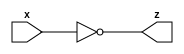
module not_gate_n (x, z);
  parameter n = 4;
  input [n-1:0] x;
  output [n-1:0] z;
  
  assign z = ~x ;
  
  
endmodule